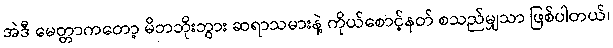
အဲဒီ မေတ္တာကတော့ မိဘဘိုးဘွား ဆရာသမားနဲ့ ကိုယ်စောင့်နတ် စသည်မျှသာ ဖြစ်ပါတယ်၊